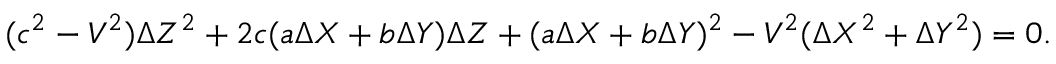
( c ^ { 2 } - V ^ { 2 } ) \Delta { Z } ^ { 2 } + 2 c ( a \Delta { X } + b \Delta { Y } ) \Delta { Z } + ( a \Delta { X } + b \Delta { Y } ) ^ { 2 } - V ^ { 2 } ( \Delta { X } ^ { 2 } + \Delta { Y } ^ { 2 } ) = 0 .